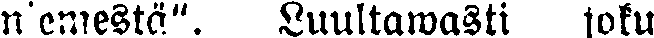
niemestä". Luultawasti joku